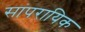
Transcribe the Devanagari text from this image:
सांपरायिक